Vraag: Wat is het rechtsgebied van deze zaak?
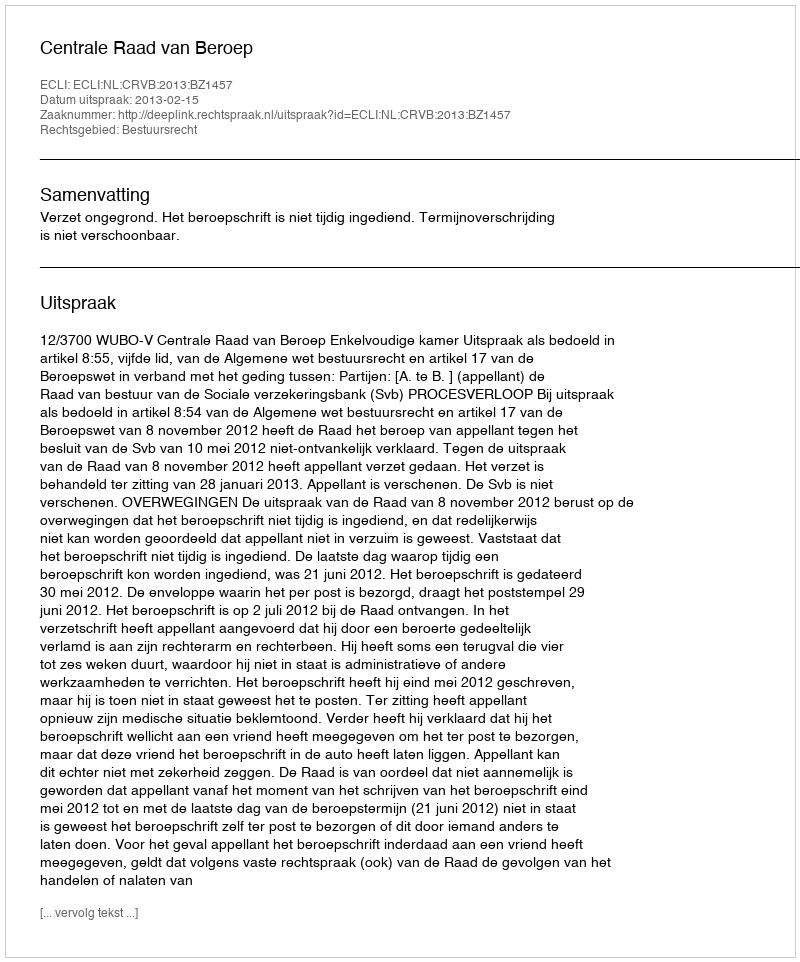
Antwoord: Bestuursrecht